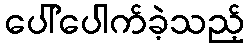
ပေါ်ပေါက်ခဲ့သည့်